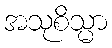
အသုစိသ္မာ